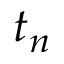
t _ { n }